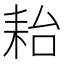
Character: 耛